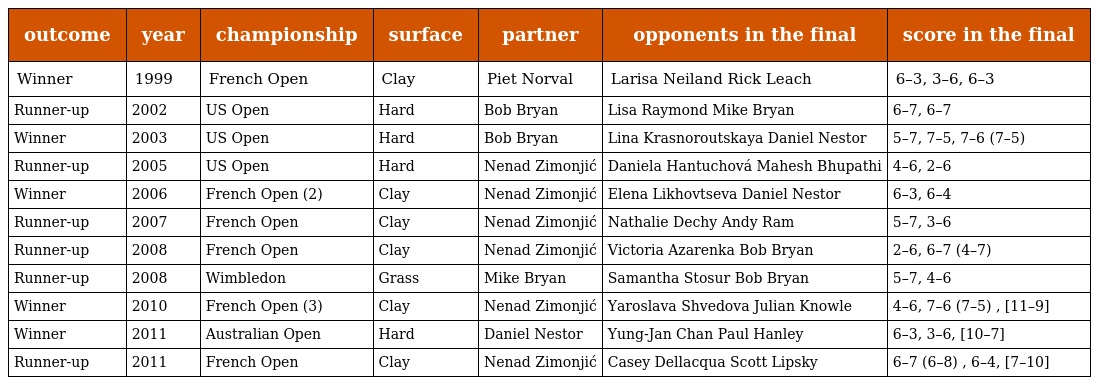
| outcome | year | championship | surface | partner | opponents in the final | score in the final |
 | --- | --- | --- | --- | --- | --- | --- |
 | Winner | 1999 | French Open | Clay | Piet Norval | Larisa Neiland Rick Leach | 6–3, 3–6, 6–3 |
 | Runner-up | 2002 | US Open | Hard | Bob Bryan | Lisa Raymond Mike Bryan | 6–7, 6–7 |
 | Winner | 2003 | US Open | Hard | Bob Bryan | Lina Krasnoroutskaya Daniel Nestor | 5–7, 7–5, 7–6 (7–5) |
 | Runner-up | 2005 | US Open | Hard | Nenad Zimonjić | Daniela Hantuchová Mahesh Bhupathi | 4–6, 2–6 |
 | Winner | 2006 | French Open (2) | Clay | Nenad Zimonjić | Elena Likhovtseva Daniel Nestor | 6–3, 6–4 |
 | Runner-up | 2007 | French Open | Clay | Nenad Zimonjić | Nathalie Dechy Andy Ram | 5–7, 3–6 |
 | Runner-up | 2008 | French Open | Clay | Nenad Zimonjić | Victoria Azarenka Bob Bryan | 2–6, 6–7 (4–7) |
 | Runner-up | 2008 | Wimbledon | Grass | Mike Bryan | Samantha Stosur Bob Bryan | 5–7, 4–6 |
 | Winner | 2010 | French Open (3) | Clay | Nenad Zimonjić | Yaroslava Shvedova Julian Knowle | 4–6, 7–6 (7–5) , [11–9] |
 | Winner | 2011 | Australian Open | Hard | Daniel Nestor | Yung-Jan Chan Paul Hanley | 6–3, 3–6, [10–7] |
 | Runner-up | 2011 | French Open | Clay | Nenad Zimonjić | Casey Dellacqua Scott Lipsky | 6–7 (6–8) , 6–4, [7–10] |